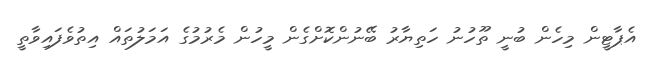
އެޕާޓީން މިހެން ބުނީ ތޫހުނު ހަތިޔާރު ބޭނުންކޮށްގެން މީހުން މެރުމުގެ އަމަލުތައް އިތުވެފައިވާތީ